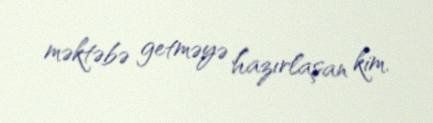
məktəbə getməyə hazırlaşan kim.